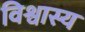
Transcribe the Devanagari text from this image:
विश्वास्य